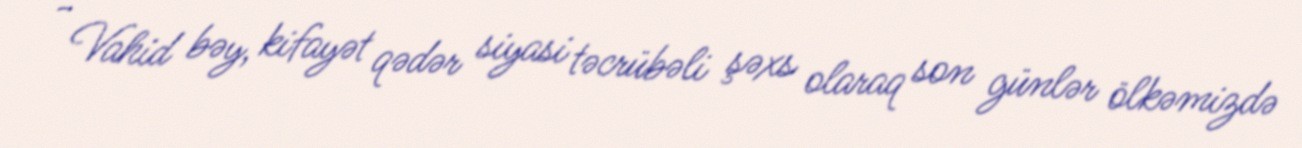
- Vahid bəy, kifayət qədər siyasi təcrübəli şəxs olaraq son günlər ölkəmizdə